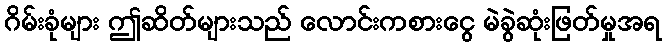
ဂိမ်းခုံများ ဤဆိတ်များသည် လောင်းကစားငွေ မဲခွဲဆုံးဖြတ်မှုအရ